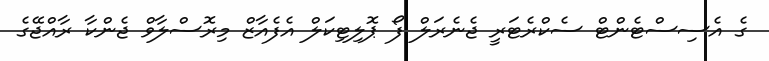
ގެ އެސިސްޓެންޓް ސެކްރެޓަރީ ޖެނެރަލް ފޯ ޕޮލިޓިކަލް އެފެއާޒް މިރޮސްލާވް ޖެންކާ ރާއްޖޭގެ